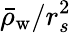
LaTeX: \bar{\rho}_{\mathrm{w}}/r_{s}^{2}